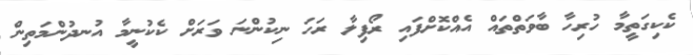
ކެކިގަތީމާ ހުރިހާ ބާވަތްތައް އެއްކޮށްފައި ރޯފިލާ ރަހަ ނިކުންނަ ވަރަށް ކެކުނީމާ އުނދުންމަތިން